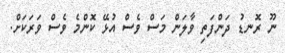
ނޫ ރޮނޑު ދަންފަތި ވާލަން މަސް ވެސް އުޅޭ ކޮންމެ ވެސް ވަރަކަށް.